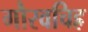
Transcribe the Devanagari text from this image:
गौरवचिह्र